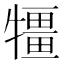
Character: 㹔